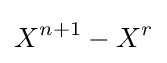
X^{n+1}-X^{r}